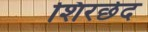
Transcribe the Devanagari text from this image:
शिरछेद